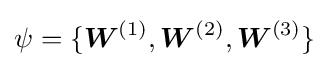
\psi =\{{\boldsymbol {W}}^{(1)},{\boldsymbol {W}}^{(2)},{\boldsymbol {W}}^{(3)}\}